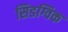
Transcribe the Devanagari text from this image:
सिडग्विक